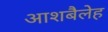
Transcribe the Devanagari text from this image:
आशबैलेह